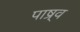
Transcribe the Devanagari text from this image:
पाष्र्व